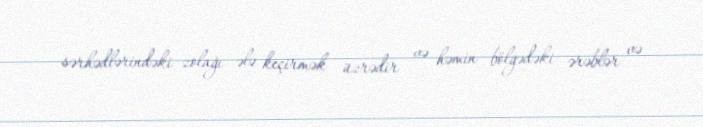
sərhədlərindəki zolağı ələ keçirmək üzrədir və həmin bölgədəki ərəblər və